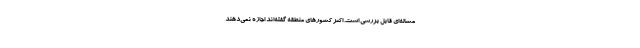
مساله‌ای قابل بررسی است. اکثر کشورهای منطقه گفته‌اند اجازه نمی‌دهند